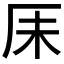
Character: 𫨃